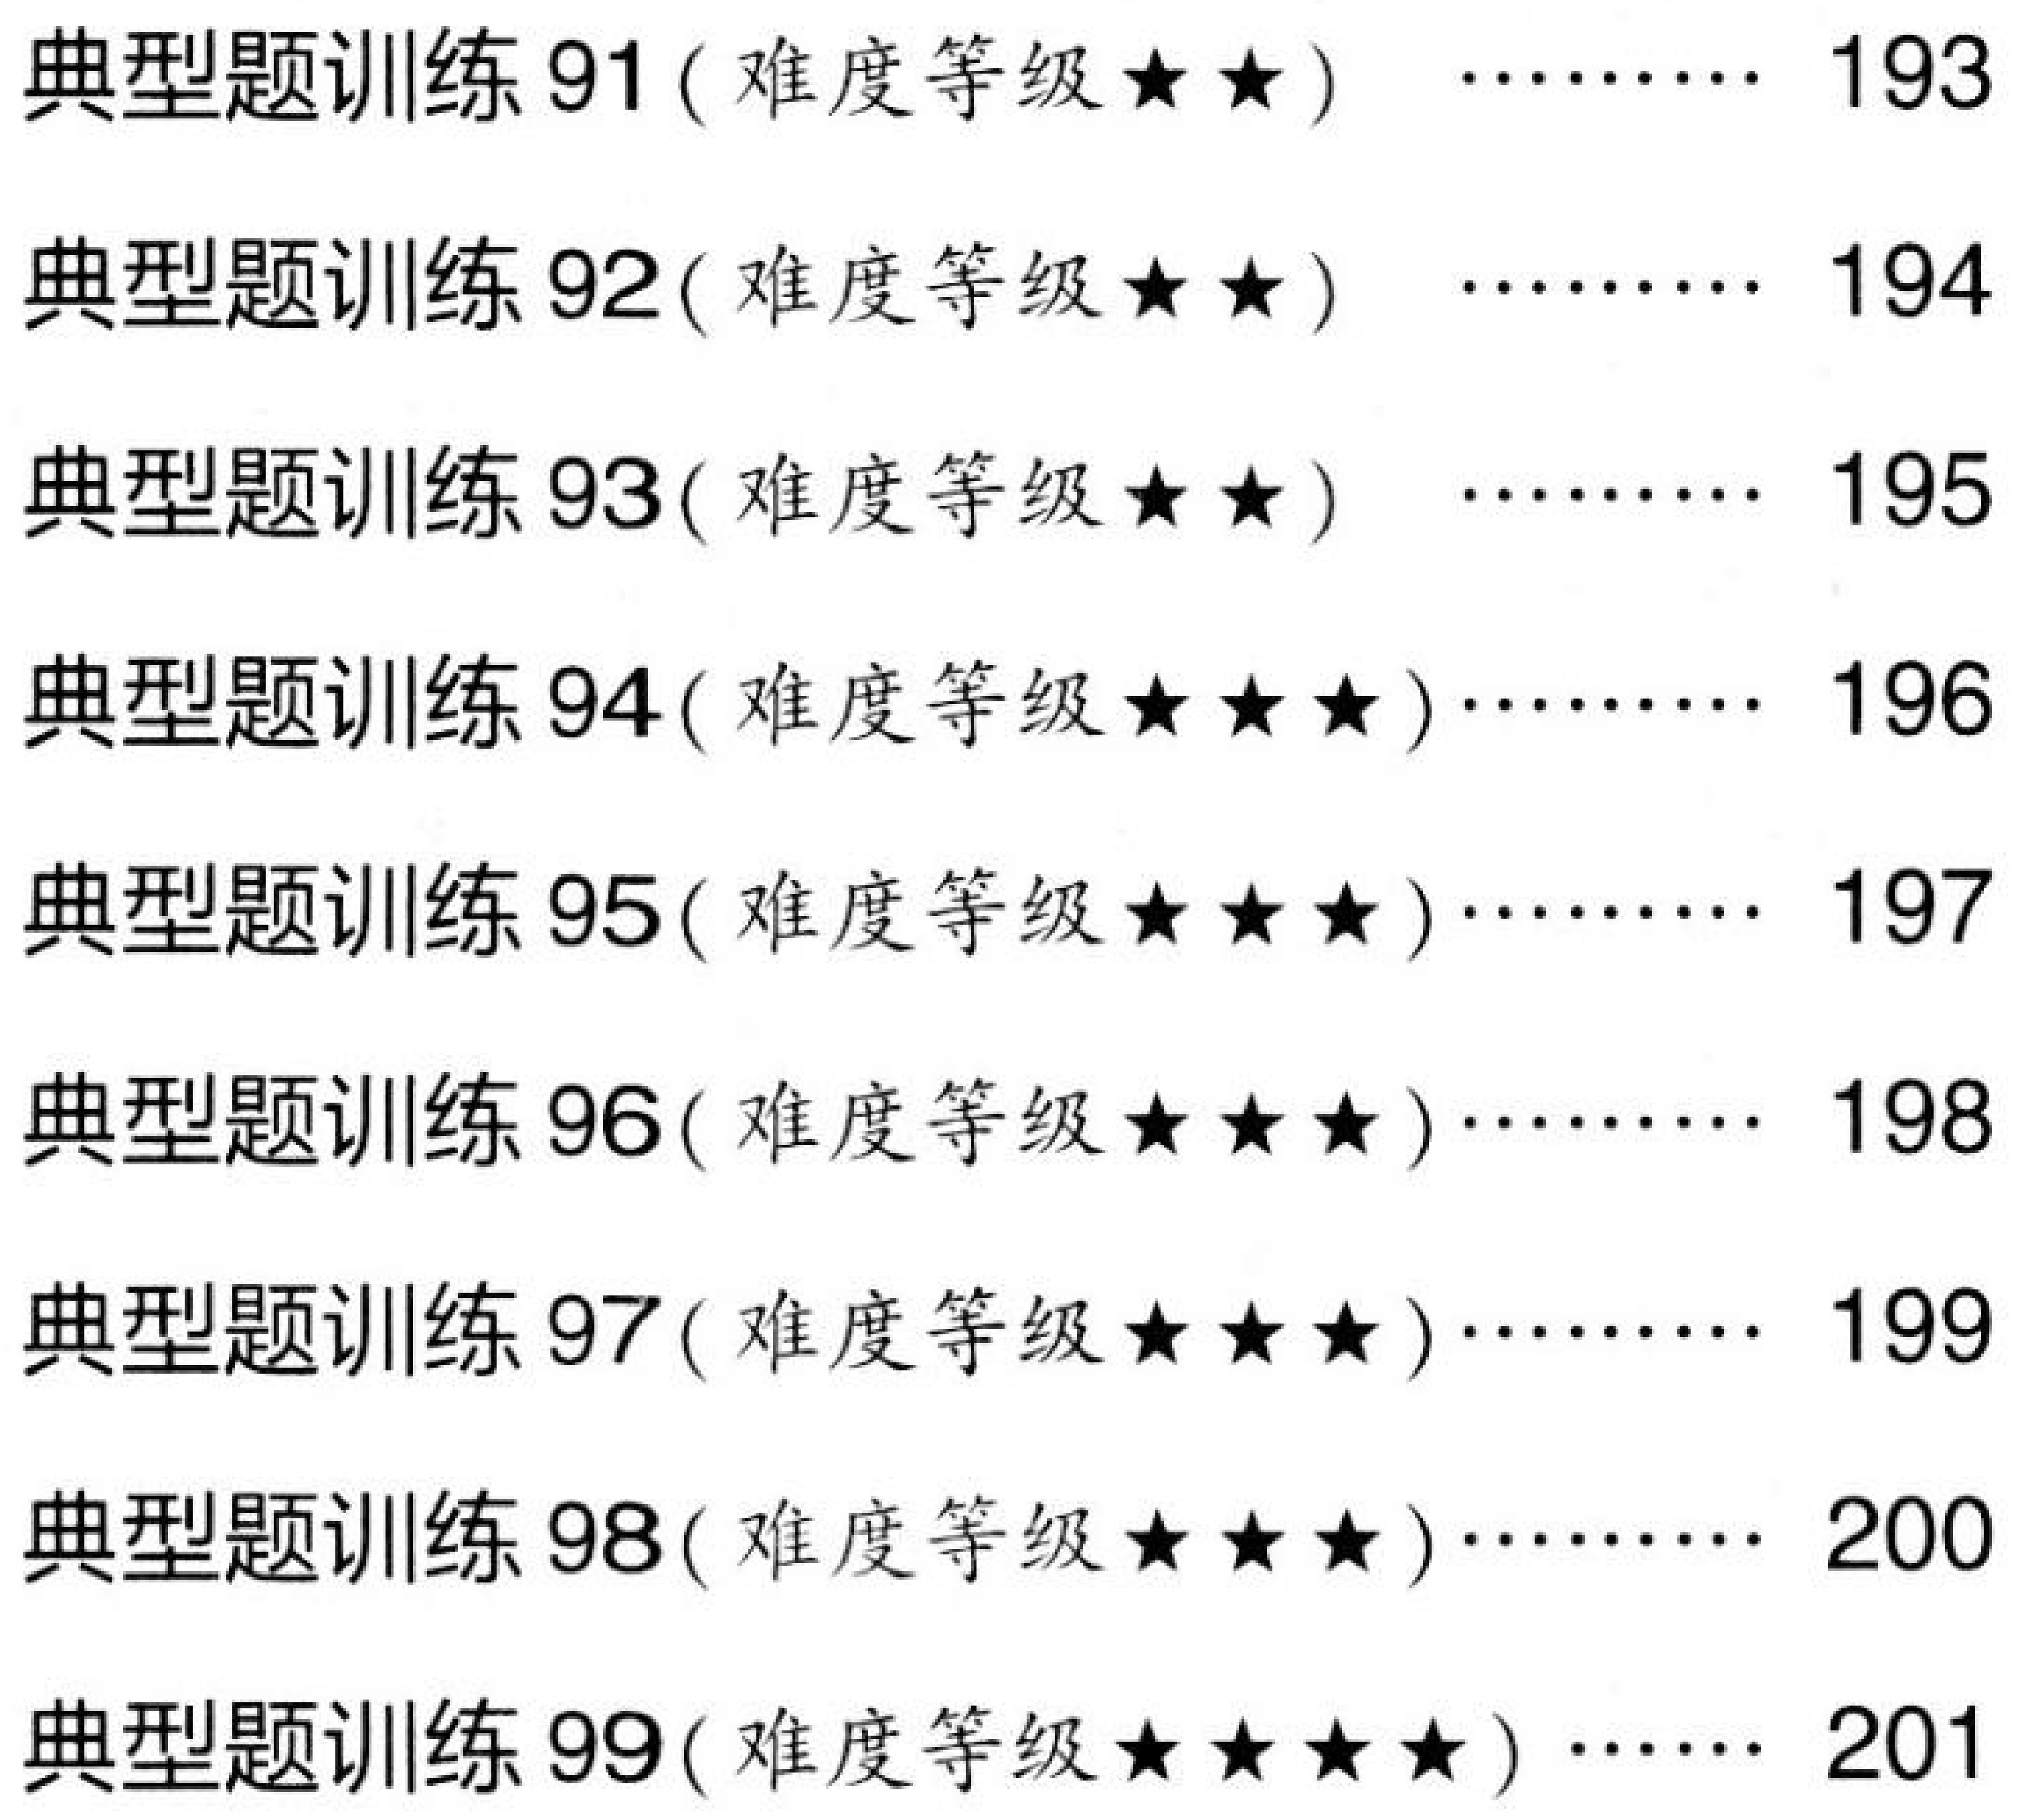
典型题训练 91(难度等级$\star\star$) $\cdots\cdots$ 193\\
典型题训练 92(难度等级$\star\star$) $\cdots\cdots$ 194\\
典型题训练 93(难度等级$\star\star$) $\cdots\cdots$ 195\\
典型题训练 94(难度等级$\star\star\star$)$\cdots\cdots$ 196\\
典型题训练 95(难度等级$\star\star\star$)$\cdots\cdots$ 197\\
典型题训练 96(难度等级$\star\star\star$)$\cdots\cdots$ 198\\
典型题训练 97(难度等级$\star\star\star$)$\cdots\cdots$ 199\\
典型题训练 98(难度等级$\star\star\star$)$\cdots\cdots$ 200\\
典型题训练 99(难度等级$\star\star\star\star$) $\cdots$ 201